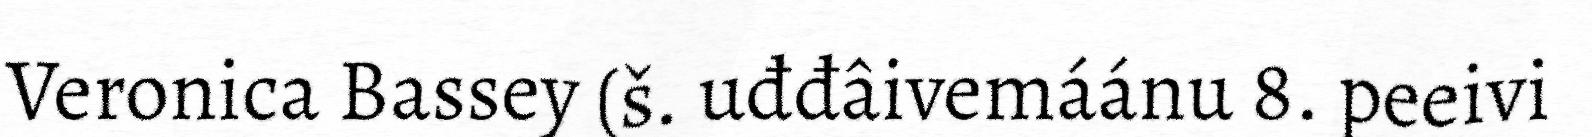
Veronica Bassey (š. uđđâivemáánu 8. peeivi